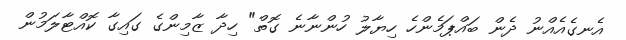
އެނގެއެއްނު ދެން ބައްޕަމެންހެ ހިޔާލު ހުންނާނެ ގޮތް" ހިދާ ޒާމިންގެ ގައިގާ ކޮއްޓާލަމުން